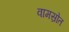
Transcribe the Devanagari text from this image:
वामस्रोत